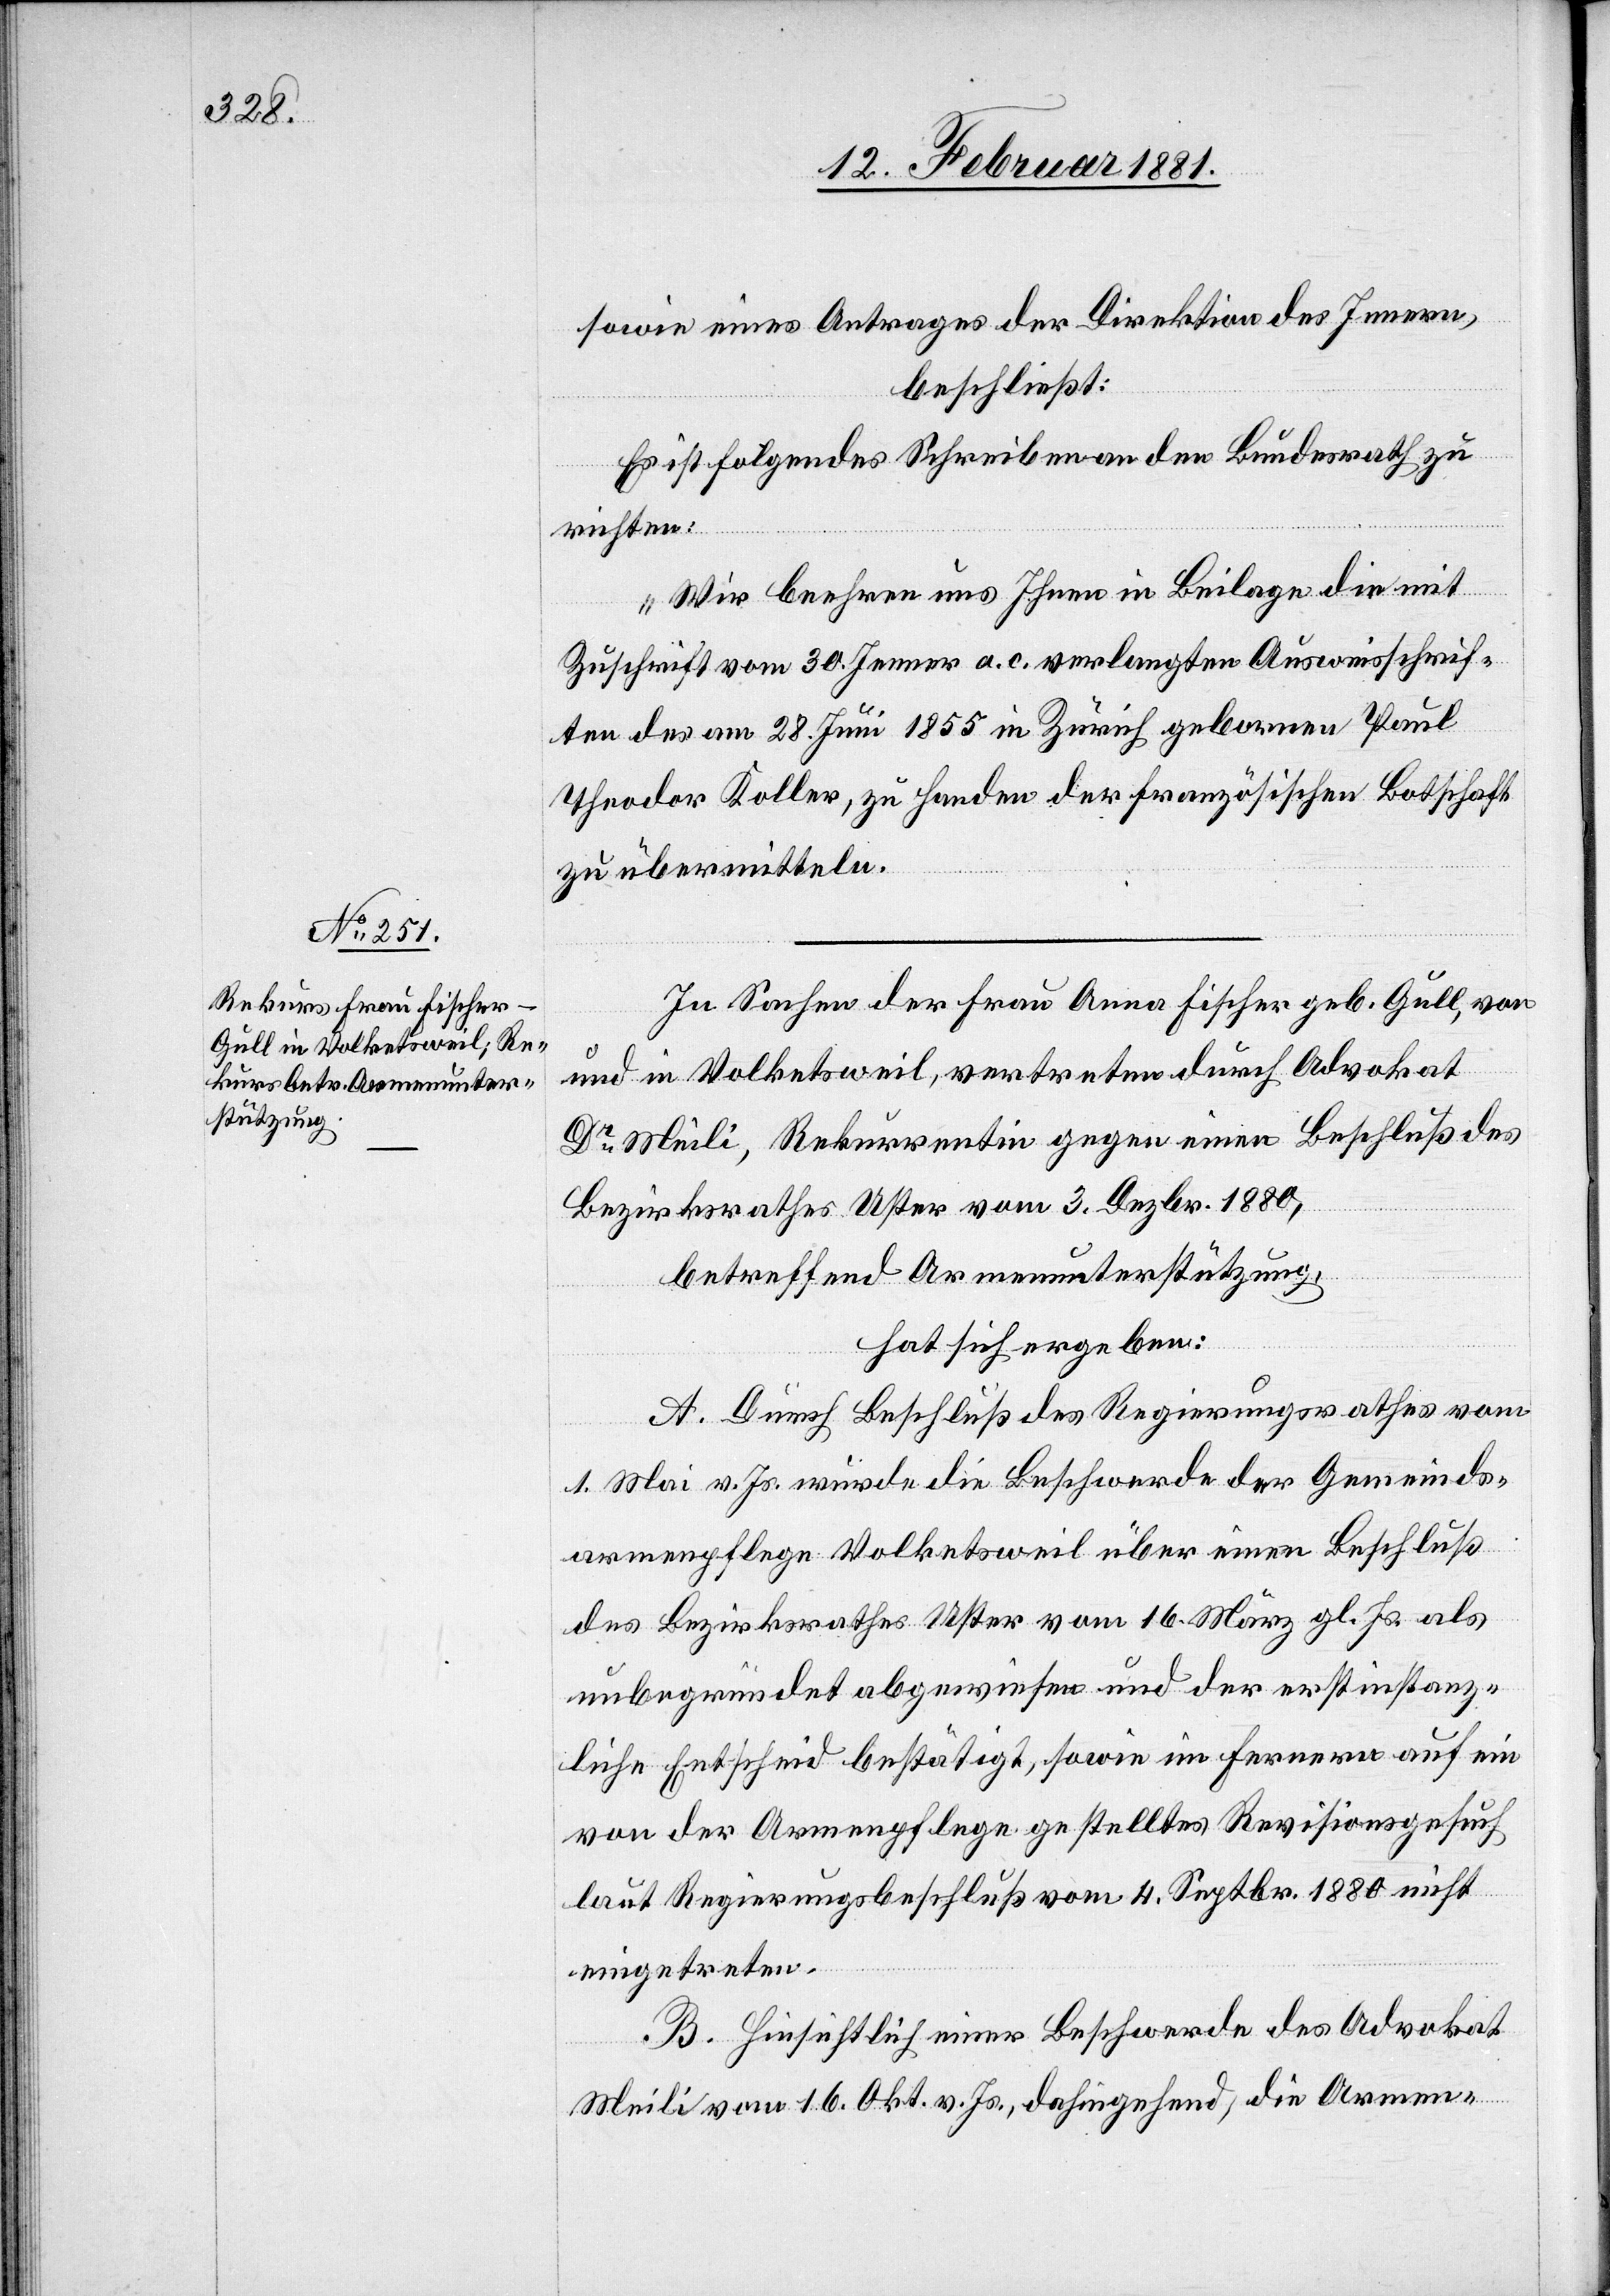
sowie eines Antrages der Direktion des Innern,
beschließt:
Es ist folgendes Schreiben an den Bundesrath zu
richten:
„Wir beehren uns Ihnen in Beilage die mit
Zuschrift vom 30. Jenner a. c. verlangten Ausweisschrif¬
ten des am 28. Juni 1855 in Zürich gebornen Paul
Theodor Koller, zu Handen der französischen Botschaft
zu übermitteln.“
In Sachen der Frau Anna Fischer geb. Gull, von
und in Volketsweil, vertreten durch Advokat
Dr Meili, Rekurrentin gegen einen Beschluß des
Bezirksrathes Uster vom 3. Dezbr. 1880,
betreffend Armenunterstützung,
hat sich ergeben:
A. Durch Beschluß des Regierungsrathes vom
1.Mai v. Js. wurde die Beschwerde der Gemeinds¬
armenpflege Volketsweil über einen Beschluß
des Bezirksrathes Uster vom 16. März gl. Js. als
unbegründet abgewiesen und der erstinstanz¬
liche Entscheid bestätigt, sowie im fernern auf ein
von der Armenpflege gestelltes Revisionsgesuch
laut Regierungsbeschluß vom 4. Septbr. 1880 nicht
eingetreten.
B. Hinsichtlich einer Beschwerde des Advokat
Meili vom 16. Okt. v. Js., dahingehend, die Armen-